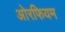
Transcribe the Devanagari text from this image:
ओरफियम